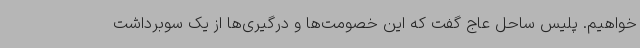
‌خواهیم. پلیس ساحل عاج گفت که این خصومت‌ها و درگیری‌ها از یک سو‌برداشت